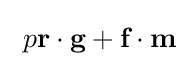
\ p{\textbf {r}}\cdot {\textbf {g}}+{\textbf {f}}\cdot {\textbf {m}}